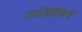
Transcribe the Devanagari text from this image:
उपजिविकेचे